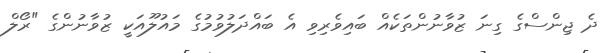
ދެ ޖިންސްގެ ގިނަ ޒުވާނުންތަކެއް ބައިވެރިވި އެ ބައްދަލުވުމުގެ މައުލޫއަކީ ޒުވާނުންގެ "ރޯލް